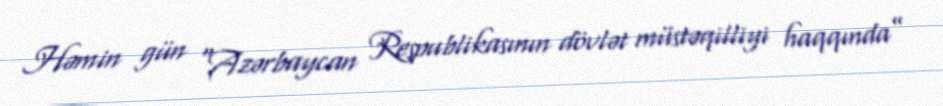
Həmin gün “Azərbaycan Respublikasının dövlət müstəqilliyi haqqında”